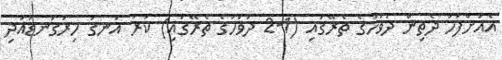
އެއަށްފަހު ދެތިން ދުވަހުގެ ތެރޭގައި (1-2 ދުވަހުގެ ތެރޭގައި) ކަރު އަނގަ ހިރުގަނޑުއަދި